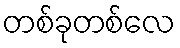
တစ်ခုတစ်လေ